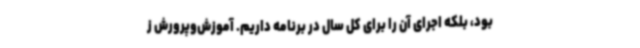
بود، بلکه اجرای آن را برای کل سال در برنامه داریم. آموزش‌وپرورش ز